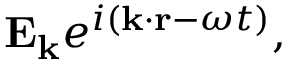
\mathbf { E _ { k } } e ^ { i ( \mathbf { k \cdot r } - \omega t ) } ,